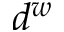
d ^ { w }